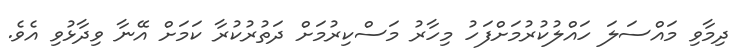
ދިމާވި މައްސަލަ ހައްލުކުރުމަށްފަހު މިހާރު މަސްކިރުމަށް ދަތުރުކުރާ ކަމަށް އޭނާ ވިދާޅުވި އެވެ.